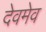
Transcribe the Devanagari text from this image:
देवमेव